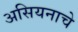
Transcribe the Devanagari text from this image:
असियनाचे